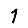
Digit: 1